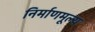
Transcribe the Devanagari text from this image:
निर्माणमूल्य